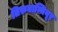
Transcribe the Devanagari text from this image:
तिरुवान्मियूर